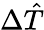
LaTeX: \Delta\hat{T}